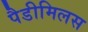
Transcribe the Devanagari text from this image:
पैडीमिलस